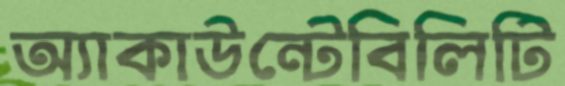
অ্যাকাউন্টেবিলিটি